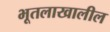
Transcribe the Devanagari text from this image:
भूतलाखालील